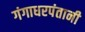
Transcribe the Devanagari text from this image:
गंगाधरपंतानी